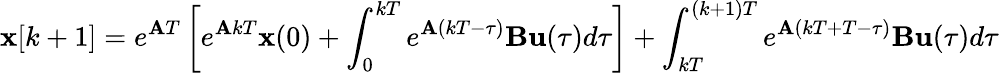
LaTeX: \mathbf{x}[k+1]=e^{\mathbf{A}T}\left[e^{\mathbf{A}kT}\mathbf{x}(0)+\int_{0}^{kT}e^{\mathbf{A}(kT-\tau)}\mathbf{B}\mathbf{u}(\tau)d\tau\right]+\int_{kT}^{(k+1)T}e^{\mathbf{A}(kT+T-\tau)}\mathbf{B}\mathbf{u}(\tau)d\tau